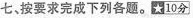
七、按要求完成下列各题。☆10分